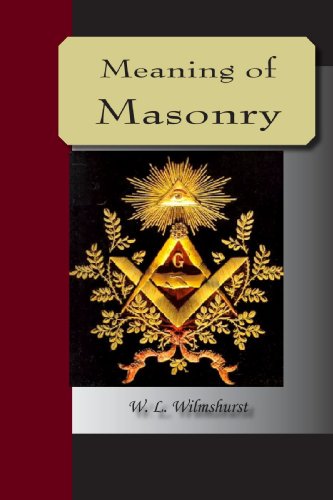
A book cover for The Meaning Of Masonry; W. L. Wilmshurst; Religion & Spirituality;